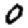
Digit: 0